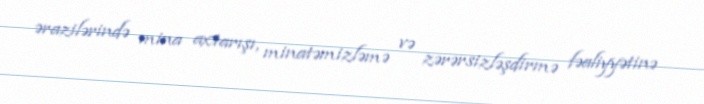
ərazilərində mina axtarışı, minatəmizləmə və zərərsizləşdirmə fəaliyyətinə